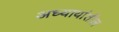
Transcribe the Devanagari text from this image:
अध्यायांतील